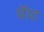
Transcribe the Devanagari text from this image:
थ़ॅाट